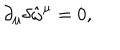
\partial _ { \mu } \delta \hat { \omega } ^ { \mu } = 0 ,